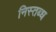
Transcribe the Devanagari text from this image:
निस्तब्ध